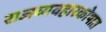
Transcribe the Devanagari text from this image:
राजव्यवहारकोषात